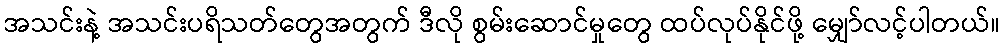
အသင်းနဲ့ အသင်းပရိသတ်တွေအတွက် ဒီလို စွမ်းဆောင်မှုတွေ ထပ်လုပ်နိုင်ဖို့ မျှော်လင့်ပါတယ်။